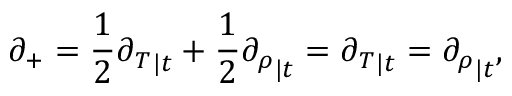
\partial _ { + } = \frac { 1 } { 2 } { \partial _ { T } } _ { | t } + \frac { 1 } { 2 } { \partial _ { \rho } } _ { | t } = { \partial _ { T } } _ { | t } = { \partial _ { \rho } } _ { | t } ,